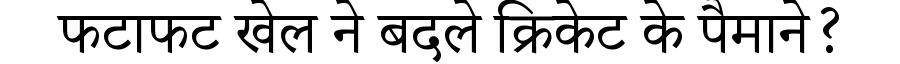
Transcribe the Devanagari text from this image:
फटाफट खेल ने बदले क्रिकेट के पैमाने?